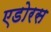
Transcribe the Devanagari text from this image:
एडोरस